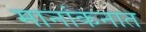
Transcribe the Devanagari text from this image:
मानांकनात